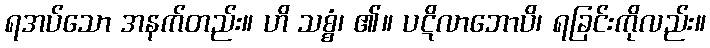
ရအပ်သော အနက်တည်း။ ဟိ သစ္စံ၊ ၏။ ပဋိလာဘောပိ၊ ရခြင်းကိုလည်း။